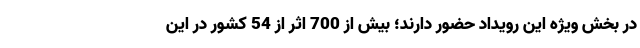
در بخش ویژه این رویداد حضور دارند؛ بیش از 700 اثر از 54 کشور در این